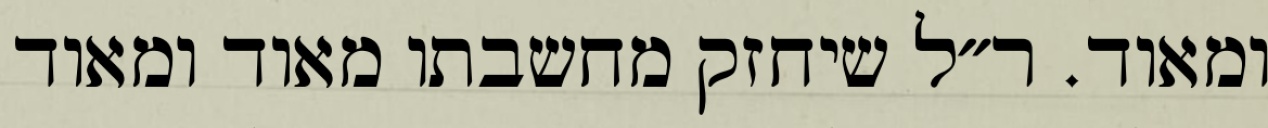
ומאוד. ר״ל שיחזק מחשבתו מאוד ומאוד